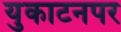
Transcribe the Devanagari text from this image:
युकाटनपर